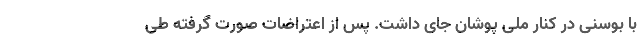
با بوسنی در کنار ملی پوشان جای داشت. پس از اعتراضات صورت گرفته طی